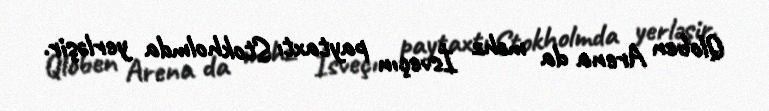
Qloben Arena da məhz İsveçın paytaxtı Stokholmda yerləşir.